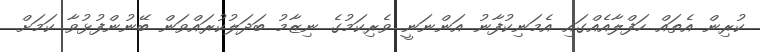
ކުރިން އެތައް ހަފްލާއެއްގައި އެމަނިކުފާނު އަންނަނީ ވެރިކަމުގެ ނިޒާމު ބަދަލުކުރައްވަން ބޭނުންފުޅުވާ ކަމަށް